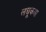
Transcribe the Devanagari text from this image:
लघूकथा